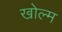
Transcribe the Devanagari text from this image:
खोल्म